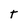
Character: T